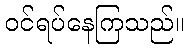
ဝင်ရပ်နေကြသည်။